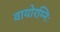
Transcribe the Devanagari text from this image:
वायोरग्निः